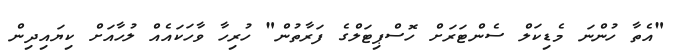
"އެތާ ހުންނަ މެޑިކަލް ސެންޓަރަށް ހޮސްޕިޓަލްގެ ފަރާތުން" ހުރިހާ ވާހަކައެއް ލުހާއަށް ކިޔައިދިން